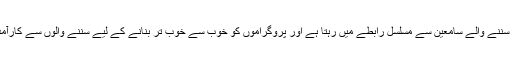
ریڈیو چین کا عملہ بھی اپنے سننے والے سامعین سے مسلسل رابطے میں رہتا ہے اور پروگراموں کو خوب سے خوب تر بنانے کے لیے سننے والوں سے کارآمد مشورے بھی خوب لیتا ہے۔